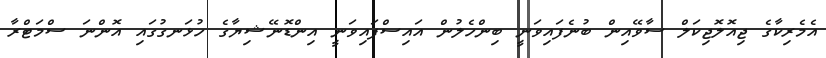
އެމެރިކާގެ ޖިއޮލޮޖިކަލް ސާވޭއިން ބުނެފައިވަނީ ބިންހެލުން އައިސްފައިވަނީ އިންޑޮނޭޝިޔާގެ ހުޅަނގުގައި އޮންނަ ސްމަޓްރާ